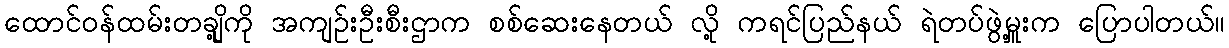
ထောင်ဝန်ထမ်းတချို့ကို အကျဉ်းဦးစီးဌာက စစ်ဆေးနေတယ် လို့ ကရင်ပြည်နယ် ရဲတပ်ဖွဲ့မှူးက ပြောပါတယ်။